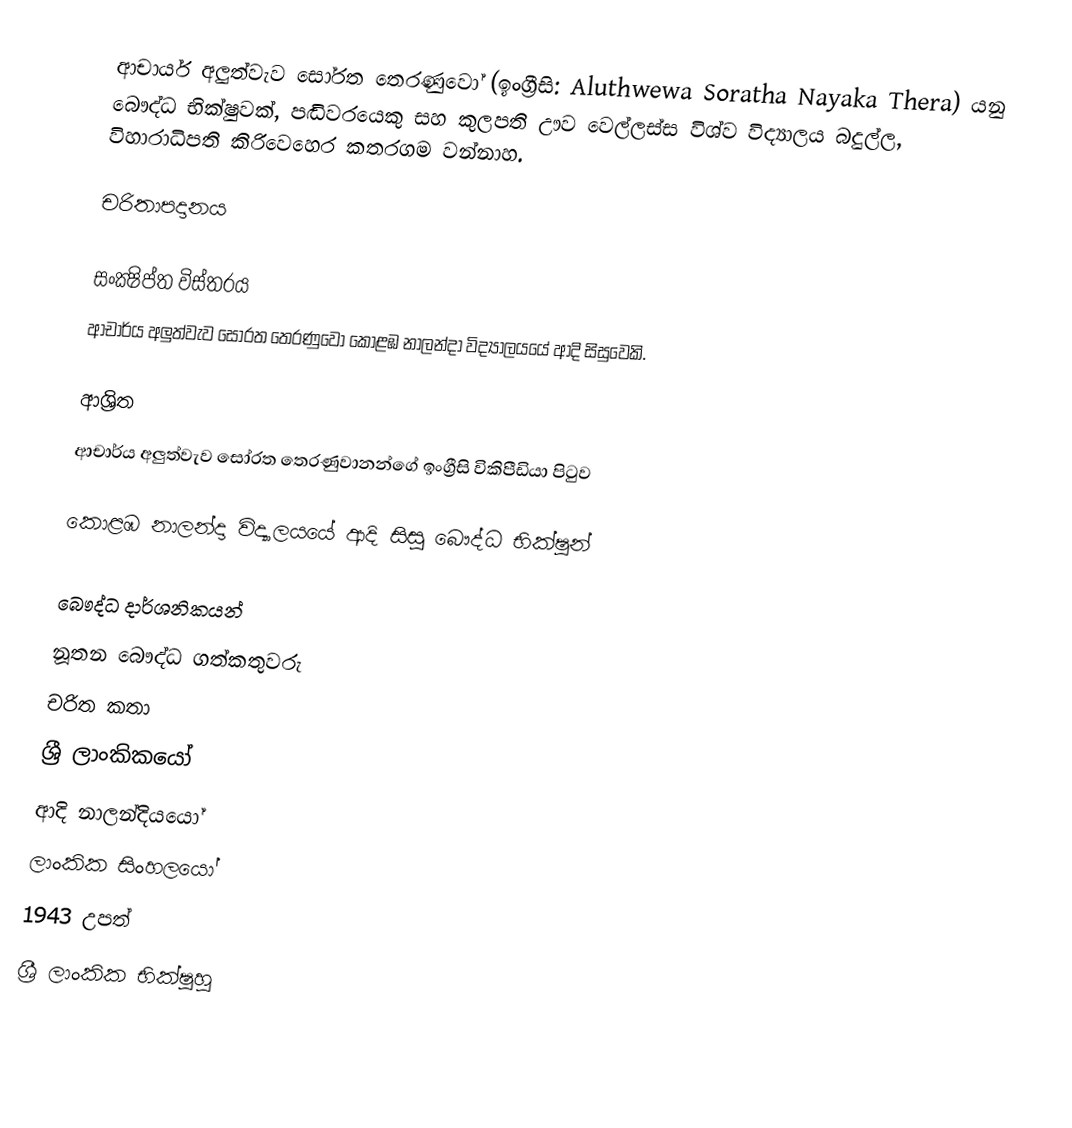
ආචාර්ය අලුත්වැව සෝරත තෙරණුවෝ (ඉංග්‍රීසි: Aluthwewa Soratha Nayaka Thera) යනු බෞද්ධ භික්ෂුවක්, පඬිවරයෙකු සහ කුලපති ඌව වෙල්ලස්ස විශ්ව විද්‍යාලය බදුල්ල, විහාරාධිපති කිරිවෙහෙර කතරගම වන්නාහ.

චරිතාපදානය

සංක්‍ෂිප්ත විස්තරය
ආචාර්ය අලුත්වැව සෝරත තෙරණුවෝ කොළඹ නාලන්දා විද්‍යාලයයේ ආදි සිසුවෙකි.

ආශ්‍රිත
  ආචාර්ය අලුත්වැව සෝරත තෙරණුවානන්ගේ ඉංග්‍රීසි විකිපීඩියා පිටුව

 කොළඹ නාලන්දා විද්‍යාලයයේ ආදි සිසු බෞද්ධ භික්ෂූන්

බෞද්ධ දාර්ශනිකයන්
නූතන බෞද්ධ ගත්කතුවරු
චරිත කතා
ශ්‍රී ලාංකිකයෝ
ආදි නාලන්දියයෝ
ලාංකික සිංහලයෝ
1943 උපත්
ශ්‍රී ලාංකික භික්ෂූහූ